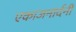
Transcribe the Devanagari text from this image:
एकाजनार्दनी